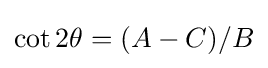
\cot 2\theta =(A-C)/B